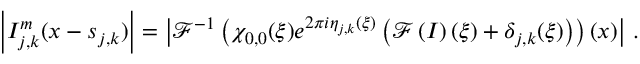
\left\vert I _ { j , k } ^ { m } ( \boldsymbol { x } - \boldsymbol { s } _ { j , k } ) \right\vert = \left\vert \mathcal { F } ^ { - 1 } \left( \chi _ { 0 , 0 } ( \boldsymbol { \xi } ) e ^ { 2 \pi i \eta _ { j , k } ( \boldsymbol { \xi } ) } \left( \mathcal { F } \left( I \right) ( \boldsymbol { \xi } ) + \delta _ { j , k } ( \boldsymbol { \xi } ) \right) \right) ( \boldsymbol { x } ) \right\vert \, .